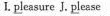
I.\underline{pl}easure J.\underline{pl}lease